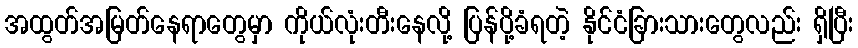
အထွတ်အမြတ်နေရာတွေမှာ ကိုယ်လုံးတီးနေလို့ ပြန်ပို့ခံရတဲ့ နိုင်ငံခြားသားတွေလည်း ရှိပြီး